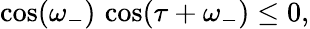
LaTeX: \cos(\omega_{-})\, \cos(\tau+\omega_{-})\leq 0,